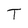
Character: T